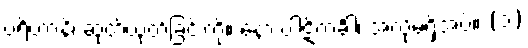
ပရိဟာနိ၊ ဆုတ်ယုတ်ခြင်းကို။ နော ပါဋိကင်္ခါ၊ အလိုမရှိအပ်။ (၁)